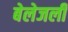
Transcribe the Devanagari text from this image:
बेलेजली